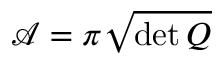
\mathcal { A } = \pi \sqrt { \operatorname* { d e t } Q }